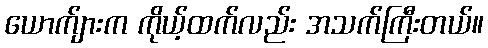
ယောက်ျားက ကိုယ့်ထက်လည်း အသက်ကြီးတယ်။